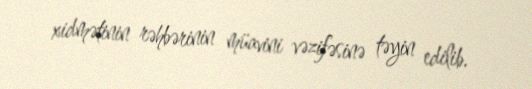
xidmətinin rəhbərinin müavini vəzifəsinə təyin edilib.